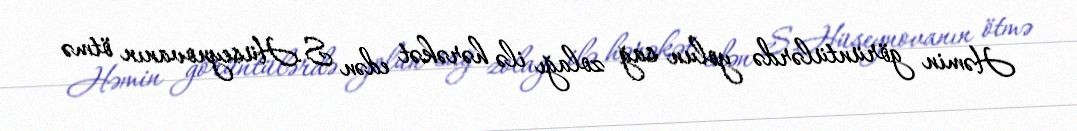
Həmin görüntülərdə yolun sağ zolağı ilə hərəkət edən S.Hüseynovanın ötmə